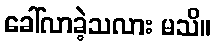
ခေါ်လာခဲ့သလား မသိ။